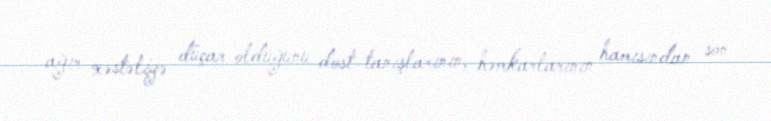
ağır xəstəliyə düçar olduğunu dost-tanışlarının, həmkarlarının hamısından son